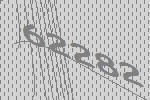
62282